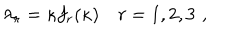
\lambda _ { r } = \kappa f _ { r } ( \kappa ) \quad r = 1 , 2 , 3 \, \, ,